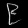
Digit: ၉